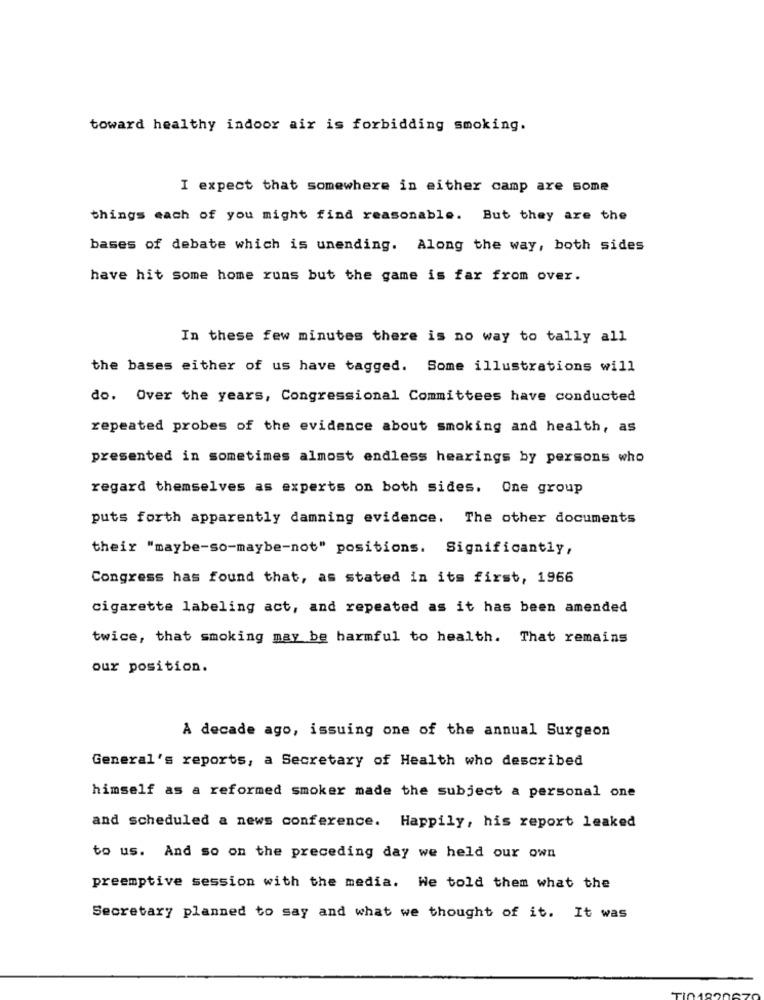
toward healthy indoor air is forbidding smoking.
I expect that somewhere in either camp are some
things each of you might find reasonable. But they are the
bases of debate which is unending. Along the way, both sides
have hit some home runs but the game is far from over.
In these few minutes there is no way to tally all
the bases either of us have tagged. Some illustrations will
do. Over the years, Congressional Committees have conducted
repeated probes of the evidence about smoking and health, as
presented in sometimes almost endless hearings by persons who
regard themselves as experts on both sides. One group
puts forth apparently damning evidence. The other documents
their "maybe-so-maybe-not" positions. Significantly,
Congress has found that, as stated in its first, 1966
cigarette labeling act, and repeated as it has been amended
twice, that smoking may be harmful to health. That remains
our position.
A decade ago, issuing one of the annual Surgeon
General's reports, a Secretary of Health who described
himself as a reformed smoker made the subject a personal one
and scheduled a news conference. Happily, his report leaked
to us. And so on the preceding day we held our own
preemptive session with the media. We told them what the
Secretary planned to say and what we thought of it. It was